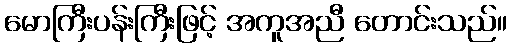
မောကြီးပန်းကြီးဖြင့် အကူအညီ တောင်းသည်။